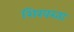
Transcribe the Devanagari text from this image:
शिखरता